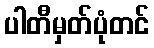
ပါတီမှတ်ပုံတင်